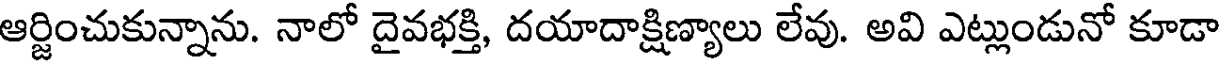
ఆర్జించుకున్నాను. నాలో దైవభక్తి, దయాదాక్షిణ్యాలు లేవు. అవి ఎట్లుండునో కూడా